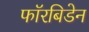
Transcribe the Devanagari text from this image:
फॉरबिडेन